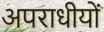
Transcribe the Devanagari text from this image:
अपराधीयों